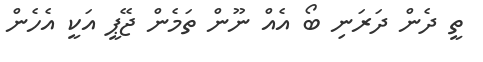
ތީ ދެން ދަރަނި ބޯ އެއް ނޫން ތަމެން ޖޭޕީ އަކީ އެހެން